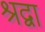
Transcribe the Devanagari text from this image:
श्रद्वा